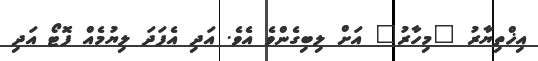
އިޚްތިޔާރު "މިހާރު" އަށް ލިބިގެންވެ އެވެ. އަދި އެފަދަ ލިޔުމެއް ފޮޓޯ އަދި